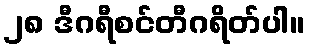
၂၈ ဒီဂရီစင်တီဂရိတ်ပါ။